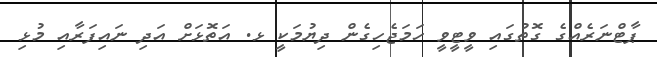
ޕާޓްނަރެއްގެ ގޮތުގައި ވީޓީވީ ހަމަޖެހިގެން ދިޔުމަކީ ޅ. އަތޮޅަށް އަދި ނައިފަރާއި މުޅި